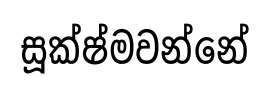
සූක්ෂ්මවන්නේ